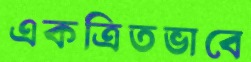
একত্রিতভাবে